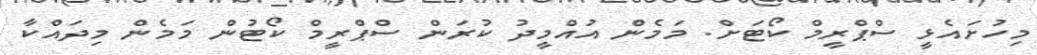
މިހުށައެޅީ ސްޕްރީމް ކޯޓަށް. މަމެން އުއްމީދު ކުރަން ސްޕްރީމް ކޯޓުން މަމެން މިދައްކާ